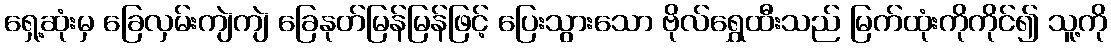
ရှေ့ဆုံးမှ ခြေလှမ်းကျဲကျဲ ခြေနုတ်မြန်မြန်ဖြင့် ပြေးသွားသော ဗိုလ်ရွှေထီးသည် မြက်ထုံးကိုကိုင်၍ သူ့ကို